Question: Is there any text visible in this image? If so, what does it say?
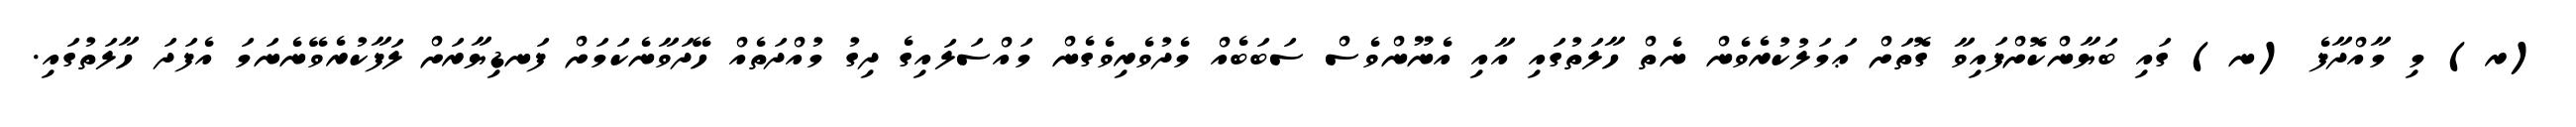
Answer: (ރ) މި މާއްދާފެ (ނ) ގައި ބަޔާންކޮށްފައިވާ ގޮތަށް ޢަމަލުކުރެވެން ނެތް ހާލަތުގައި އާއި އެނޫންވެސް ސަބަބެއް މެދުވެރިވެގެން މައްސަލައިގެ ދިގު މުއްދަތެއް ހޭދަވާނެކަމަށް ފަނޑިޔާރަށް ލަފާކުރެވޭނެނަމަ އެފަދަ ހާލަތުގައި.